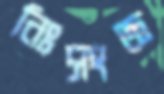
নিঃসংজ্ঞ